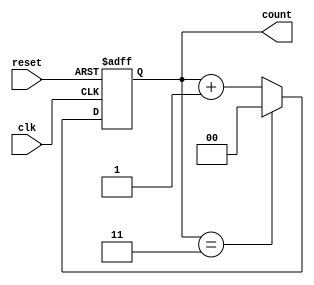
module binary_counter (input clk, reset,  output reg [1:0] count);

always @( posedge clk, posedge reset) begin
if (reset == 1) 
count <= 0; // non-blockingassignment
else begin
if (count == 3)
    count <= 0;
    else 
    count <= count + 1;
end
end



endmodule